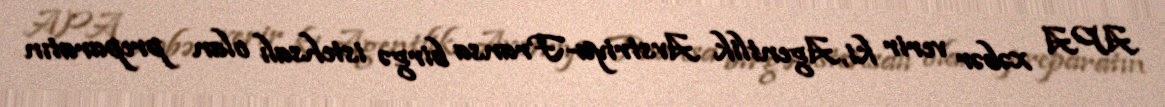
APA xəbər verir ki, Agentlik Avstriya-Fransa birgə istehsalı olan preparatın